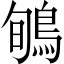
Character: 𪀽